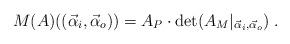
LaTeX: \begin{align*}M(A)((\vec{\alpha}_i, \vec{\alpha}_o)) = A_P\cdot \det(A_M\rvert_{\vec{\alpha}_i, \vec{\alpha}_o})\;.\end{align*}